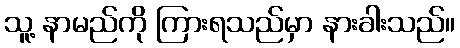
သူ့ နာမည်ကို ကြားရသည်မှာ နားခါးသည်။